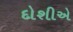
દોશીએ